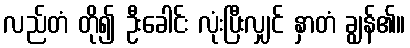
လည်တံ တို၍ ဦးခေါင်း လုံးပြီးလျှင် နှာတံ ချွန်၏။